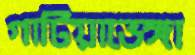
গাটিয়াভেঙ্গা